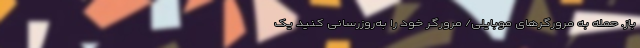
باز. حمله به مرورگرهای موبایلی/ مرورگر خود را به‌روزرسانی کنید یک